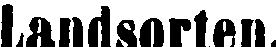
Landsorten.